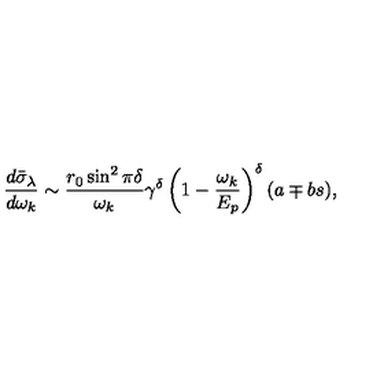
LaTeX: { \frac { d \bar { \sigma } _ { \lambda } } { d \omega _ { k } } } \sim { \frac { r _ { 0 } \sin ^ { 2 } \pi \delta } { \omega _ { k } } } \gamma ^ { \delta } \left( 1 - { \frac { \omega _ { k } } { E _ { p } } } \right) ^ { \delta } ( a \mp b s ) ,